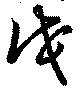
戊